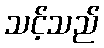
သင့်သည်